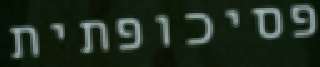
פסיכופתית